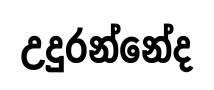
උදුරන්නේද